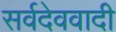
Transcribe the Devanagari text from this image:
सर्वदेववादी